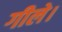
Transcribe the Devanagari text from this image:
गीले।